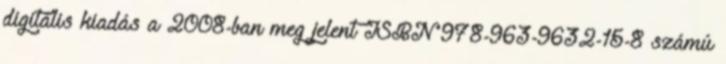
digitális kiadás a 2008-ban meg jelent ISBN 978-963-9632-15-8 számú